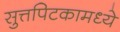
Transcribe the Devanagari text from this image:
सुत्तपिटकामध्ये